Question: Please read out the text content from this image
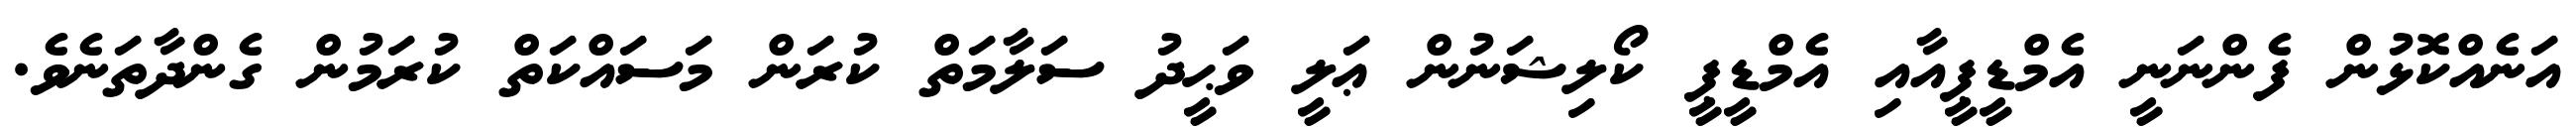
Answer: އަނެއްކޮޅުން ފެންނަނީ އެމްޑީޕީއާއި އެމްޑީޕީ ކޯލިޝަނުން ޢަލީ ވަޙީދު ސަލާމަތް ކުރަން މަސައްކަތް ކުރަމުން ގެންދާތަނެވެ.